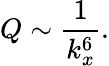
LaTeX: Q\sim\frac{1}{k_{x}^{6}}.